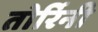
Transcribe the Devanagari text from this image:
तोर्रिनी